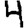
Digit: 4